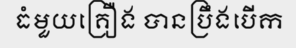
ធំមួយគ្រឿង បានប្រឹងបើក